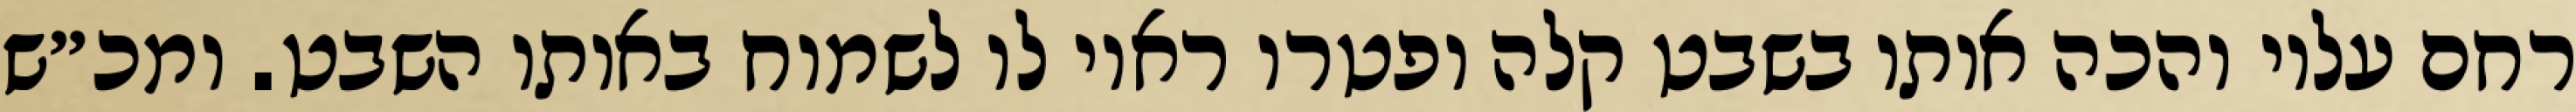
רחם עליו והכה אותו בשבט קלה ופטרו ראוי לו לשמוח באותו השבט. ומכ״ש